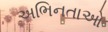
અભિનતાઓ